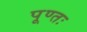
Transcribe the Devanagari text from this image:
पूण्तः